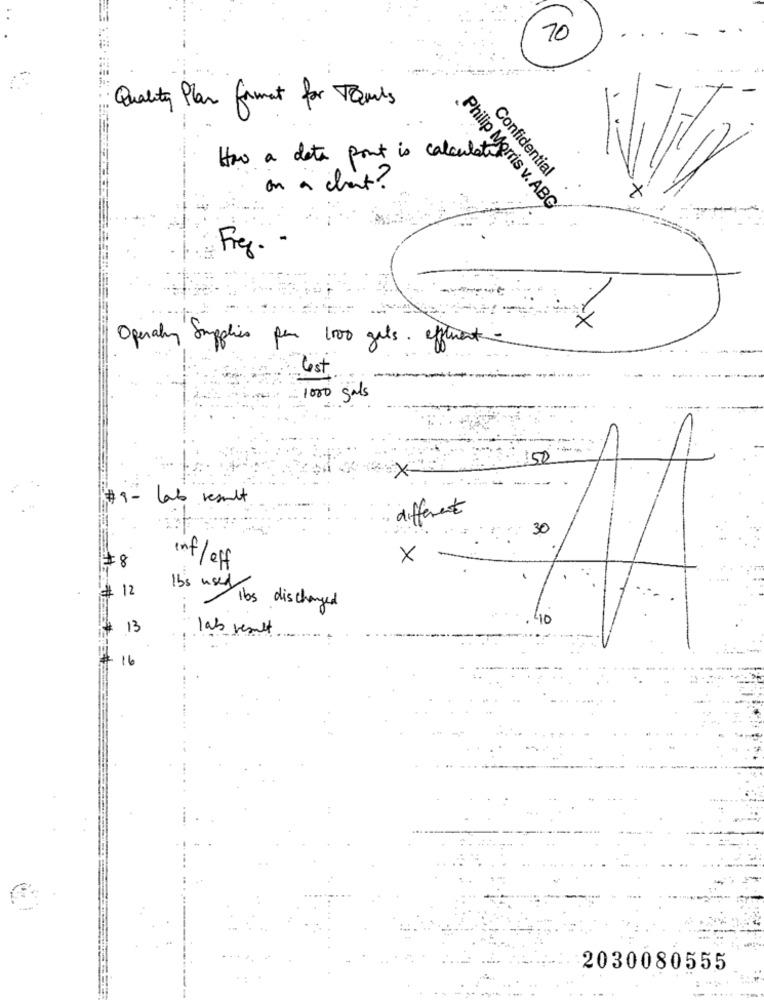
70
Quality Plan format for Quis
How a data pont is calculate
Confidential
on a chat?
×
Philip Morris v. ABG
Freg . .
×
Operaly Supplies par 1000 gets. efferent -
lest
1000 gals
150
--
# 9 - lab result
different
30
# 8
inf/eff
X
# 12
lbs used ibs discharged
10
13
lab result
16
2030080555